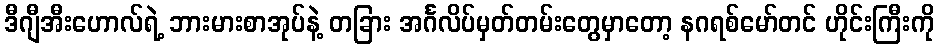
ဒီဂျီအီးဟောလ်ရဲ့ ဘားမားစာအုပ်နဲ့ တခြား အင်္ဂလိပ်မှတ်တမ်းတွေမှာတော့ နဂရစ်မော်တင် ဟိုင်းကြီးကို